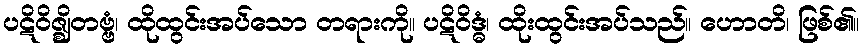
ပဋိဝိဇ္ဈိတဗ္ဗံ၊ ထိုထွင်းအပ်သော တရားကို။ ပဋိဝိဒ္ဓံ၊ ထိုးထွင်းအပ်သည်။ ဟောတိ၊ ဖြစ်၏။